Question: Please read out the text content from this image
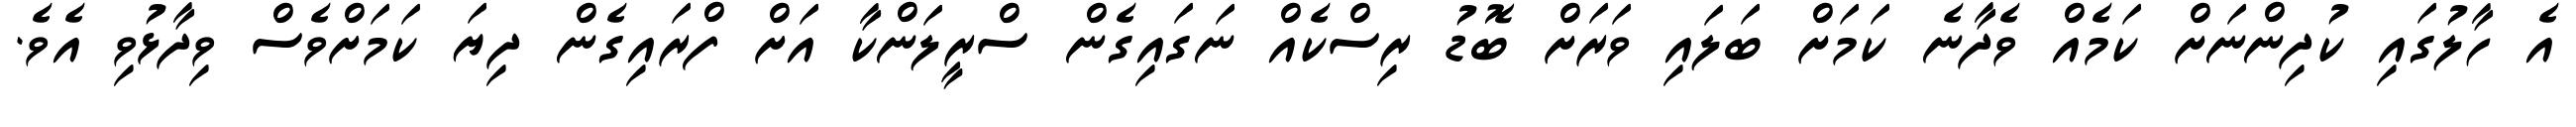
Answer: އެ ހާލުގައި ކުދިންނަށް ކަމެއް ވެދާނެ ކަމަށް ބަލައި ވަރަށް ބޮޑު ރިސްކެއް ނަގައިގެން ސްރީލަންކާ އަށް ފްރައިގެން ދިޔަ ކަމަށްވެސް ވިދާޅުވި އެވެ.